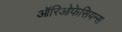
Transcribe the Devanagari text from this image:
ऑरिओफेसियन्स